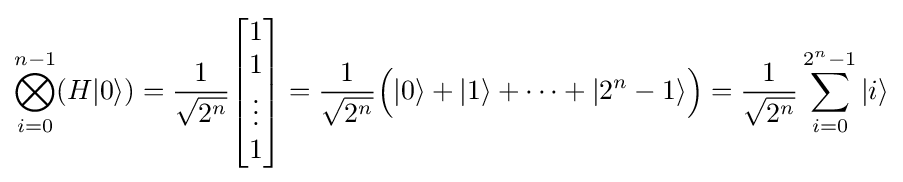
\bigotimes _{i=0}^{n-1}(H|0\rangle )={\frac {1}{\sqrt {2^{n}}}}{\begin{bmatrix}1\\1\\\vdots \\1\end{bmatrix}}={\frac {1}{\sqrt {2^{n}}}}{\Big (}|0\rangle +|1\rangle +\dots +|2^{n}-1\rangle {\Big )}={\frac {1}{\sqrt {2^{n}}}}\sum _{i=0}^{2^{n}-1}|i\rangle